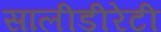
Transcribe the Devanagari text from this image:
सालीडीरेटी